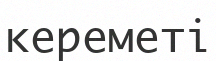
кереметі